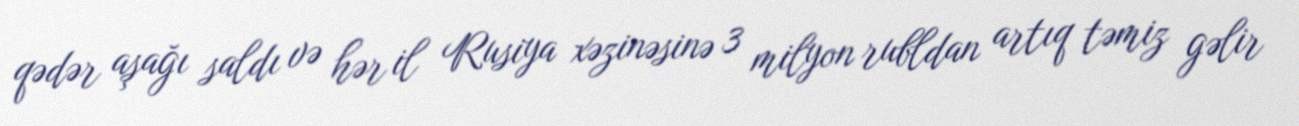
qədər aşağı saldı və hər il Rusiya xəzinəsinə 3 milyon rubldan artıq təmiz gəlir